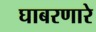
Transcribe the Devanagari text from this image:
घाबरणारे